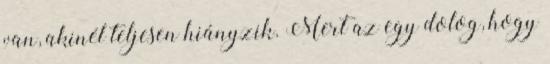
van, akinél teljesen hiányzik. Mert az egy dolog, hogy